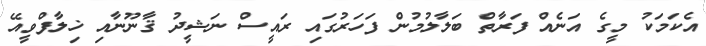
އެކަމަކު މީގެ އަނެއް ފަރާތް ބަލާލުމުން ފަހަރުގައި ރައީސް ނަޝީދު ޤާނޫނާއި ޚިލާފްވީއޭ